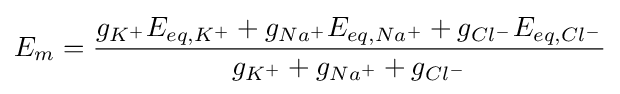
E_{m}={\frac {g_{K^{+}}E_{eq,K^{+}}+g_{Na^{+}}E_{eq,Na^{+}}+g_{Cl^{-}}E_{eq,Cl^{-}}}{g_{K^{+}}+g_{Na^{+}}+g_{Cl^{-}}}}